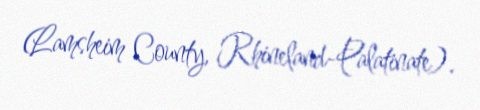
(Lamsheim County, Rhineland-Palatinate).